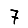
Digit: 7